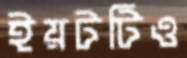
ইয়টটিও